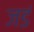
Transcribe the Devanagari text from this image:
जडं